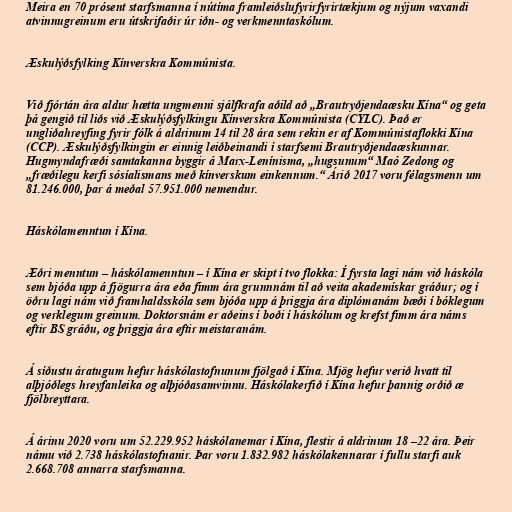
Meira en 70 prósent starfsmanna í nútíma framleiðslufyrirfyrirtækjum og nýjum vaxandi
atvinnugreinum eru útskrifaðir úr iðn- og verkmenntaskólum.

Æskulýðsfylking Kínverskra Kommúnista.

Við fjórtán ára aldur hætta ungmenni sjálfkrafa aðild að „Brautryðjendaæsku Kína“ og geta
þá gengið til liðs við Æskulýðsfylkingu Kínverskra Kommúnista (CYLC). Það er
ungliðahreyfing fyrir fólk á aldrinum 14 til 28 ára sem rekin er af Kommúnistaflokki Kína
(CCP). Æskulýðsfylkingin er einnig leiðbeinandi í starfsemi Brautryðjendaæskunnar.
Hugmyndafræði samtakanna byggir á Marx-Lenínisma, „hugsunum“ Maó Zedong og
„fræðilegu kerfi sósíalismans með kínverskum einkennum.“ Árið 2017 voru félagsmenn um
81.246.000, þar á meðal 57.951.000 nemendur.

Háskólamenntun í Kína.

Æðri menntun – háskólamenntun – í Kína er skipt í tvo flokka: Í fyrsta lagi nám við háskóla
sem bjóða upp á fjögurra ára eða fimm ára grunnnám til að veita akademískar gráður; og í
öðru lagi nám við framhaldsskóla sem bjóða upp á þriggja ára diplómanám bæði í bóklegum
og verklegum greinum. Doktorsnám er aðeins í boði í háskólum og krefst fimm ára náms
eftir BS gráðu, og þriggja ára eftir meistaranám.

Á síðustu áratugum hefur háskólastofnunum fjölgað í Kína. Mjög hefur verið hvatt til
alþjóðlegs hreyfanleika og alþjóðasamvinnu. Háskólakerfið í Kína hefur þannig orðið æ
fjölbreyttara.

Á árinu 2020 voru um 52.229.952 háskólanemar í Kína, flestir á aldrinum 18 –22 ára. Þeir
námu við 2.738 háskólastofnanir. Þar voru 1.832.982 háskólakennarar í fullu starfi auk
2.668.708 annarra starfsmanna.